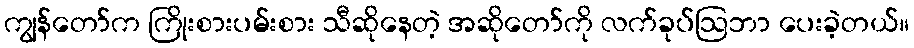
ကျွန်တော်က ကြိုးစားပမ်းစား သီဆိုနေတဲ့ အဆိုတော်ကို လက်ခုပ်ဩဘာ ပေးခဲ့တယ်။